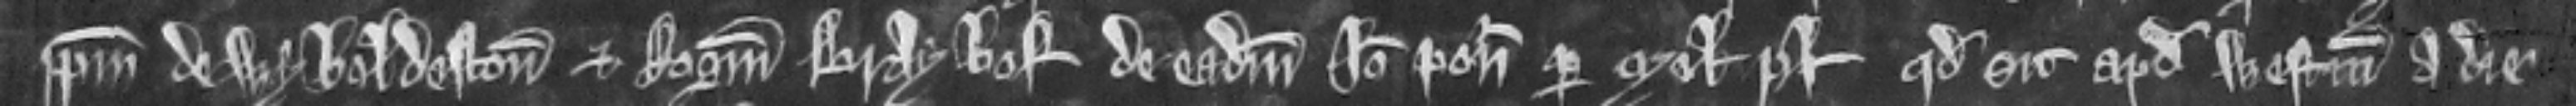
prepositum de Wyboldeston et Rogerum Braybof de eadem Ideo ponitur per meliores plegios quod sit apud Westmonasterium a die